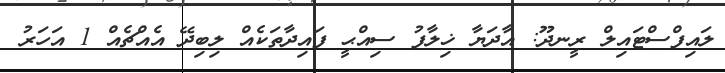
ލައިފްސްޓައިލް ރީނދޫ: އާދަޔާ ޚިލާފު ސިއްޙީ ފައިދާތަކެއް ލިބިދޭ އެއްޗެއް 1 އަހަރު